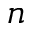
n